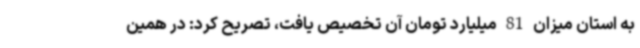
به استان میزان 81 میلیارد تومان آن تخصیص یافت، تصریح کرد: در همین